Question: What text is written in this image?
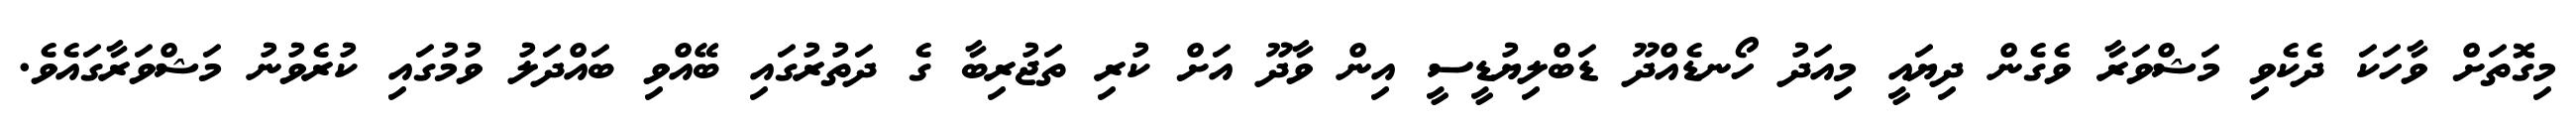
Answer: މިގޮތަށް ވާހަކަ ދެކެވި މަޝްވަރާ ވެގެން ދިޔައީ މިއަދު ހޯނޑެއްދޫ ޑަބްލިޔުޑީސީ އިން ވާދޫ އަށް ކުރި ތަޖުރިބާ ގެ ދަތުރުގައި ބޭއްވި ބައްދަލު ވުމުގައި ކުރެވުނު މަޝްވަރާގައެވެ.